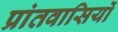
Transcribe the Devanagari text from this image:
प्रांतवासियों